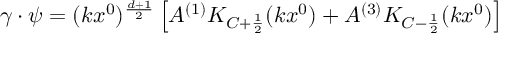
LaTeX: \gamma \cdot \psi = ( k x ^ { 0 } ) ^ { \frac { d + 1 } { 2 } } \left[ A ^ { ( 1 ) } K _ { C + \frac { 1 } { 2 } } ( k x ^ { 0 } ) + A ^ { ( 3 ) } K _ { C - \frac { 1 } { 2 } } ( k x ^ { 0 } ) \right]